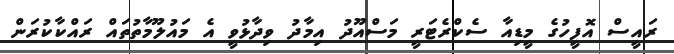
ރައީސް އޮފީހުގެ މީޑިއާ ސެކްރެޓަރީ މަސްއޫދު އިމާދު ވިދާޅުވީ އެ މައުލޫމާތުތައް ރައްކާކުރަން